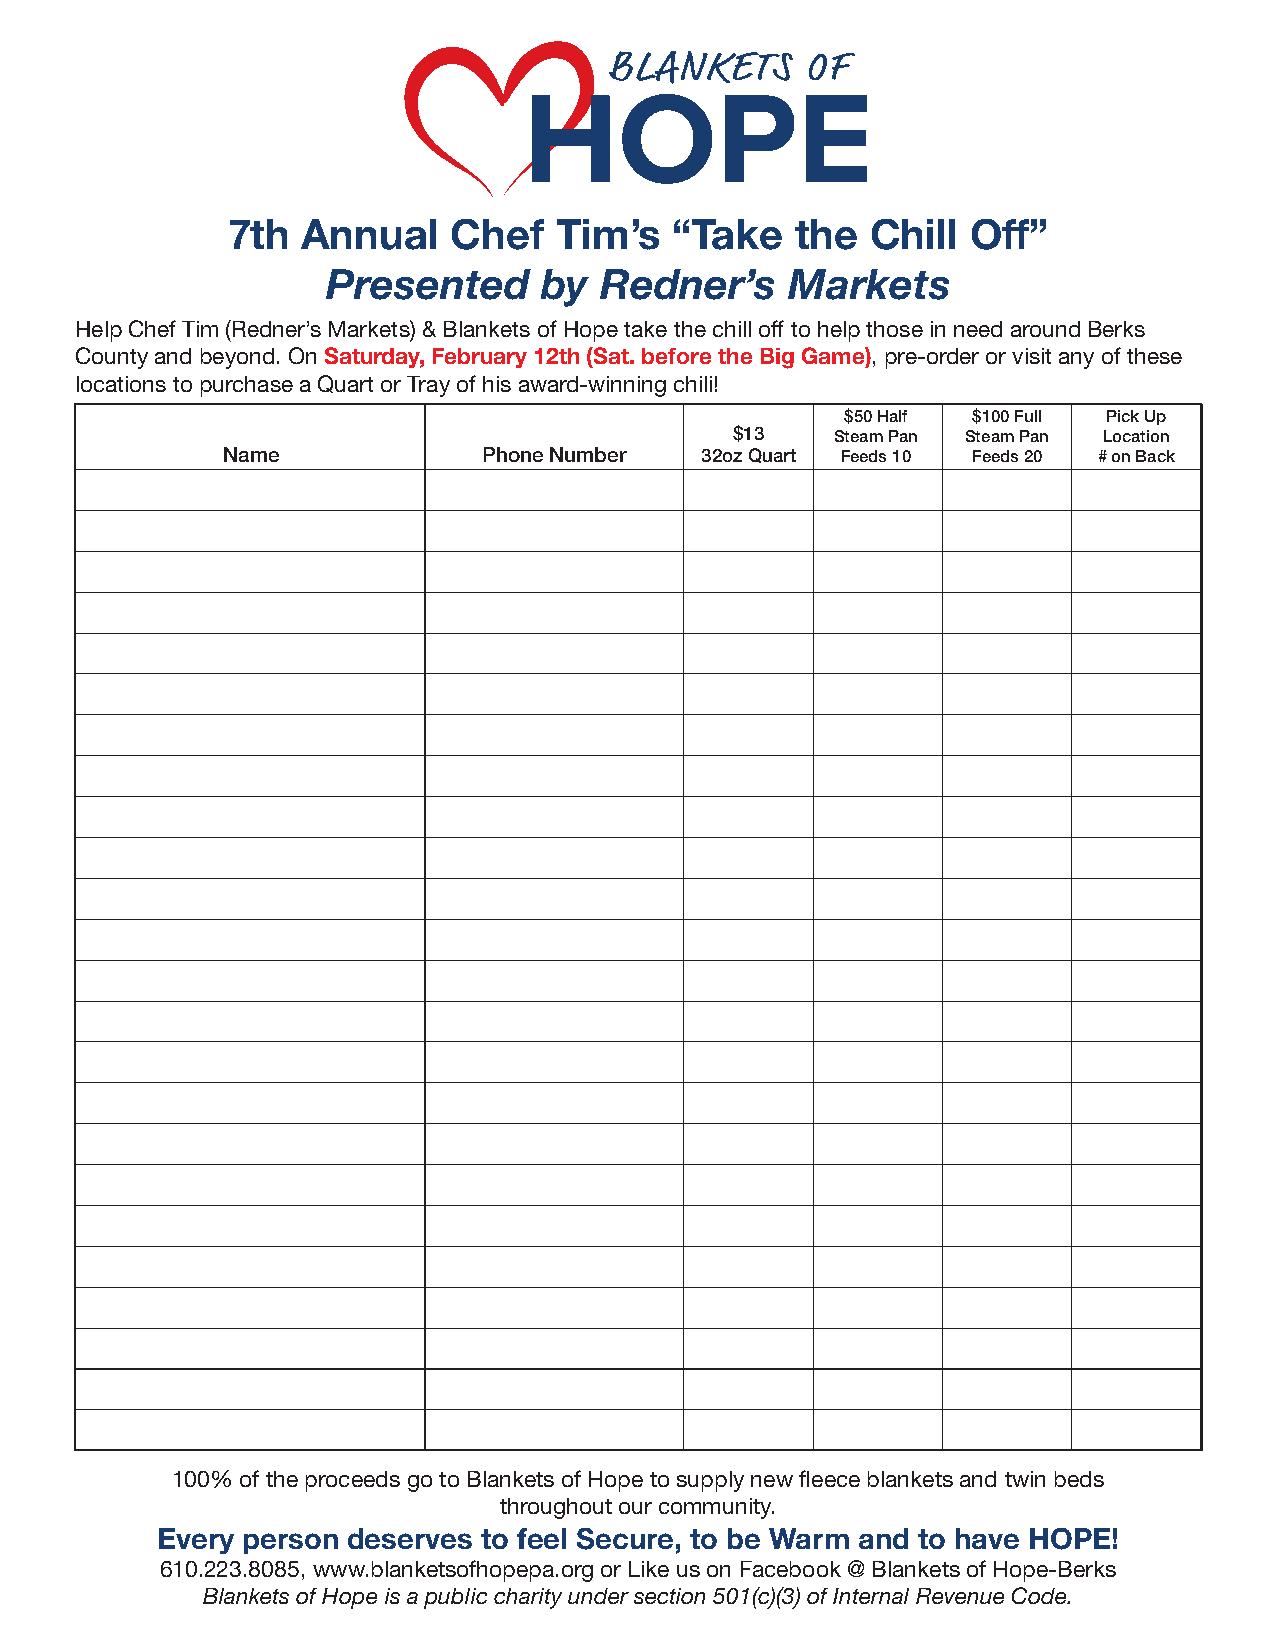
7th  Annual    Chef   Tim’s   “Take   the  Chill Off”
 Presented     by  Redner’s    Markets
 Help Chef Tim (Redner’s Markets) & Blankets of Hope take the chill off to help those in need around Berks
 County and beyond. On Saturday, February 12th (Sat. before the Big Game), pre-order or visit any of these
 locations to purchase a Quart or Tray of his award-winning chili!
 $50 Half $100 Full Pick Up
 $13   Steam Pan Steam Pan Location
 Name             Phone Number  32oz Quart Feeds 10 Feeds 20 # on Back
 100% of the proceeds go to Blankets of Hope to supply new fleece blankets and twin beds
 throughout our community.
 Every person deserves to feel Secure, to be Warm and to have HOPE!
 610.223.8085, www.blanketsofhopepa.org or Like us on Facebook @ Blankets of Hope-Berks
 Blankets of Hope is a public charity under section 501(c)(3) of Internal Revenue Code.